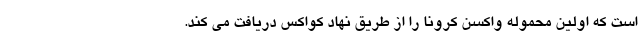
است که اولین محموله واکسن کرونا را از طریق نهاد کواکس دریافت می ‌کند.